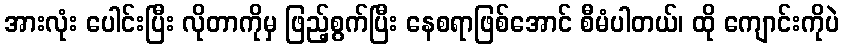
အားလုံး ပေါင်းပြီး လိုတာကိုမှ ဖြည့်စွက်ပြီး နေစရာဖြစ်အောင် စီမံပါတယ်၊ ထို ကျောင်းကိုပဲ